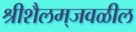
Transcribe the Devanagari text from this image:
श्रीशैलम्‌जवळील